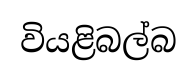
වියළිබල්බ